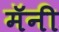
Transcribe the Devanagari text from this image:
मॅनी